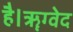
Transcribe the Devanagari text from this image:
है।ॠग्वेद